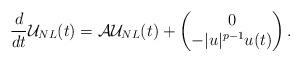
LaTeX: \begin{align*} \frac{d}{dt} \mathcal{U}_{NL}(t) &= \mathcal{A} \mathcal{U}_{NL}(t) + \begin{pmatrix} 0\\ -|u|^{p-1}u(t) \end{pmatrix}.\end{align*}